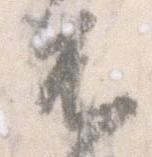
不